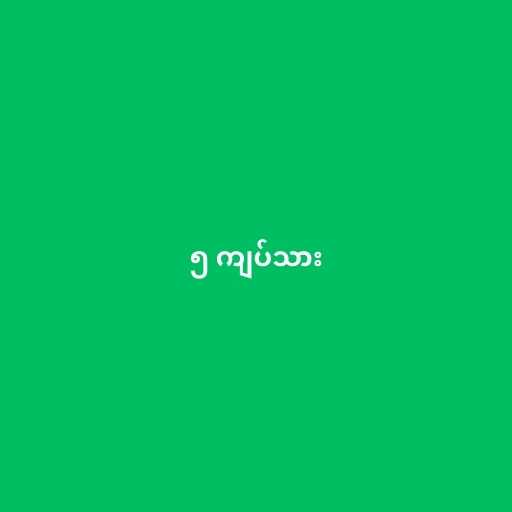
၅ ကျပ်သား